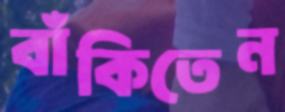
বাঁকিতেন